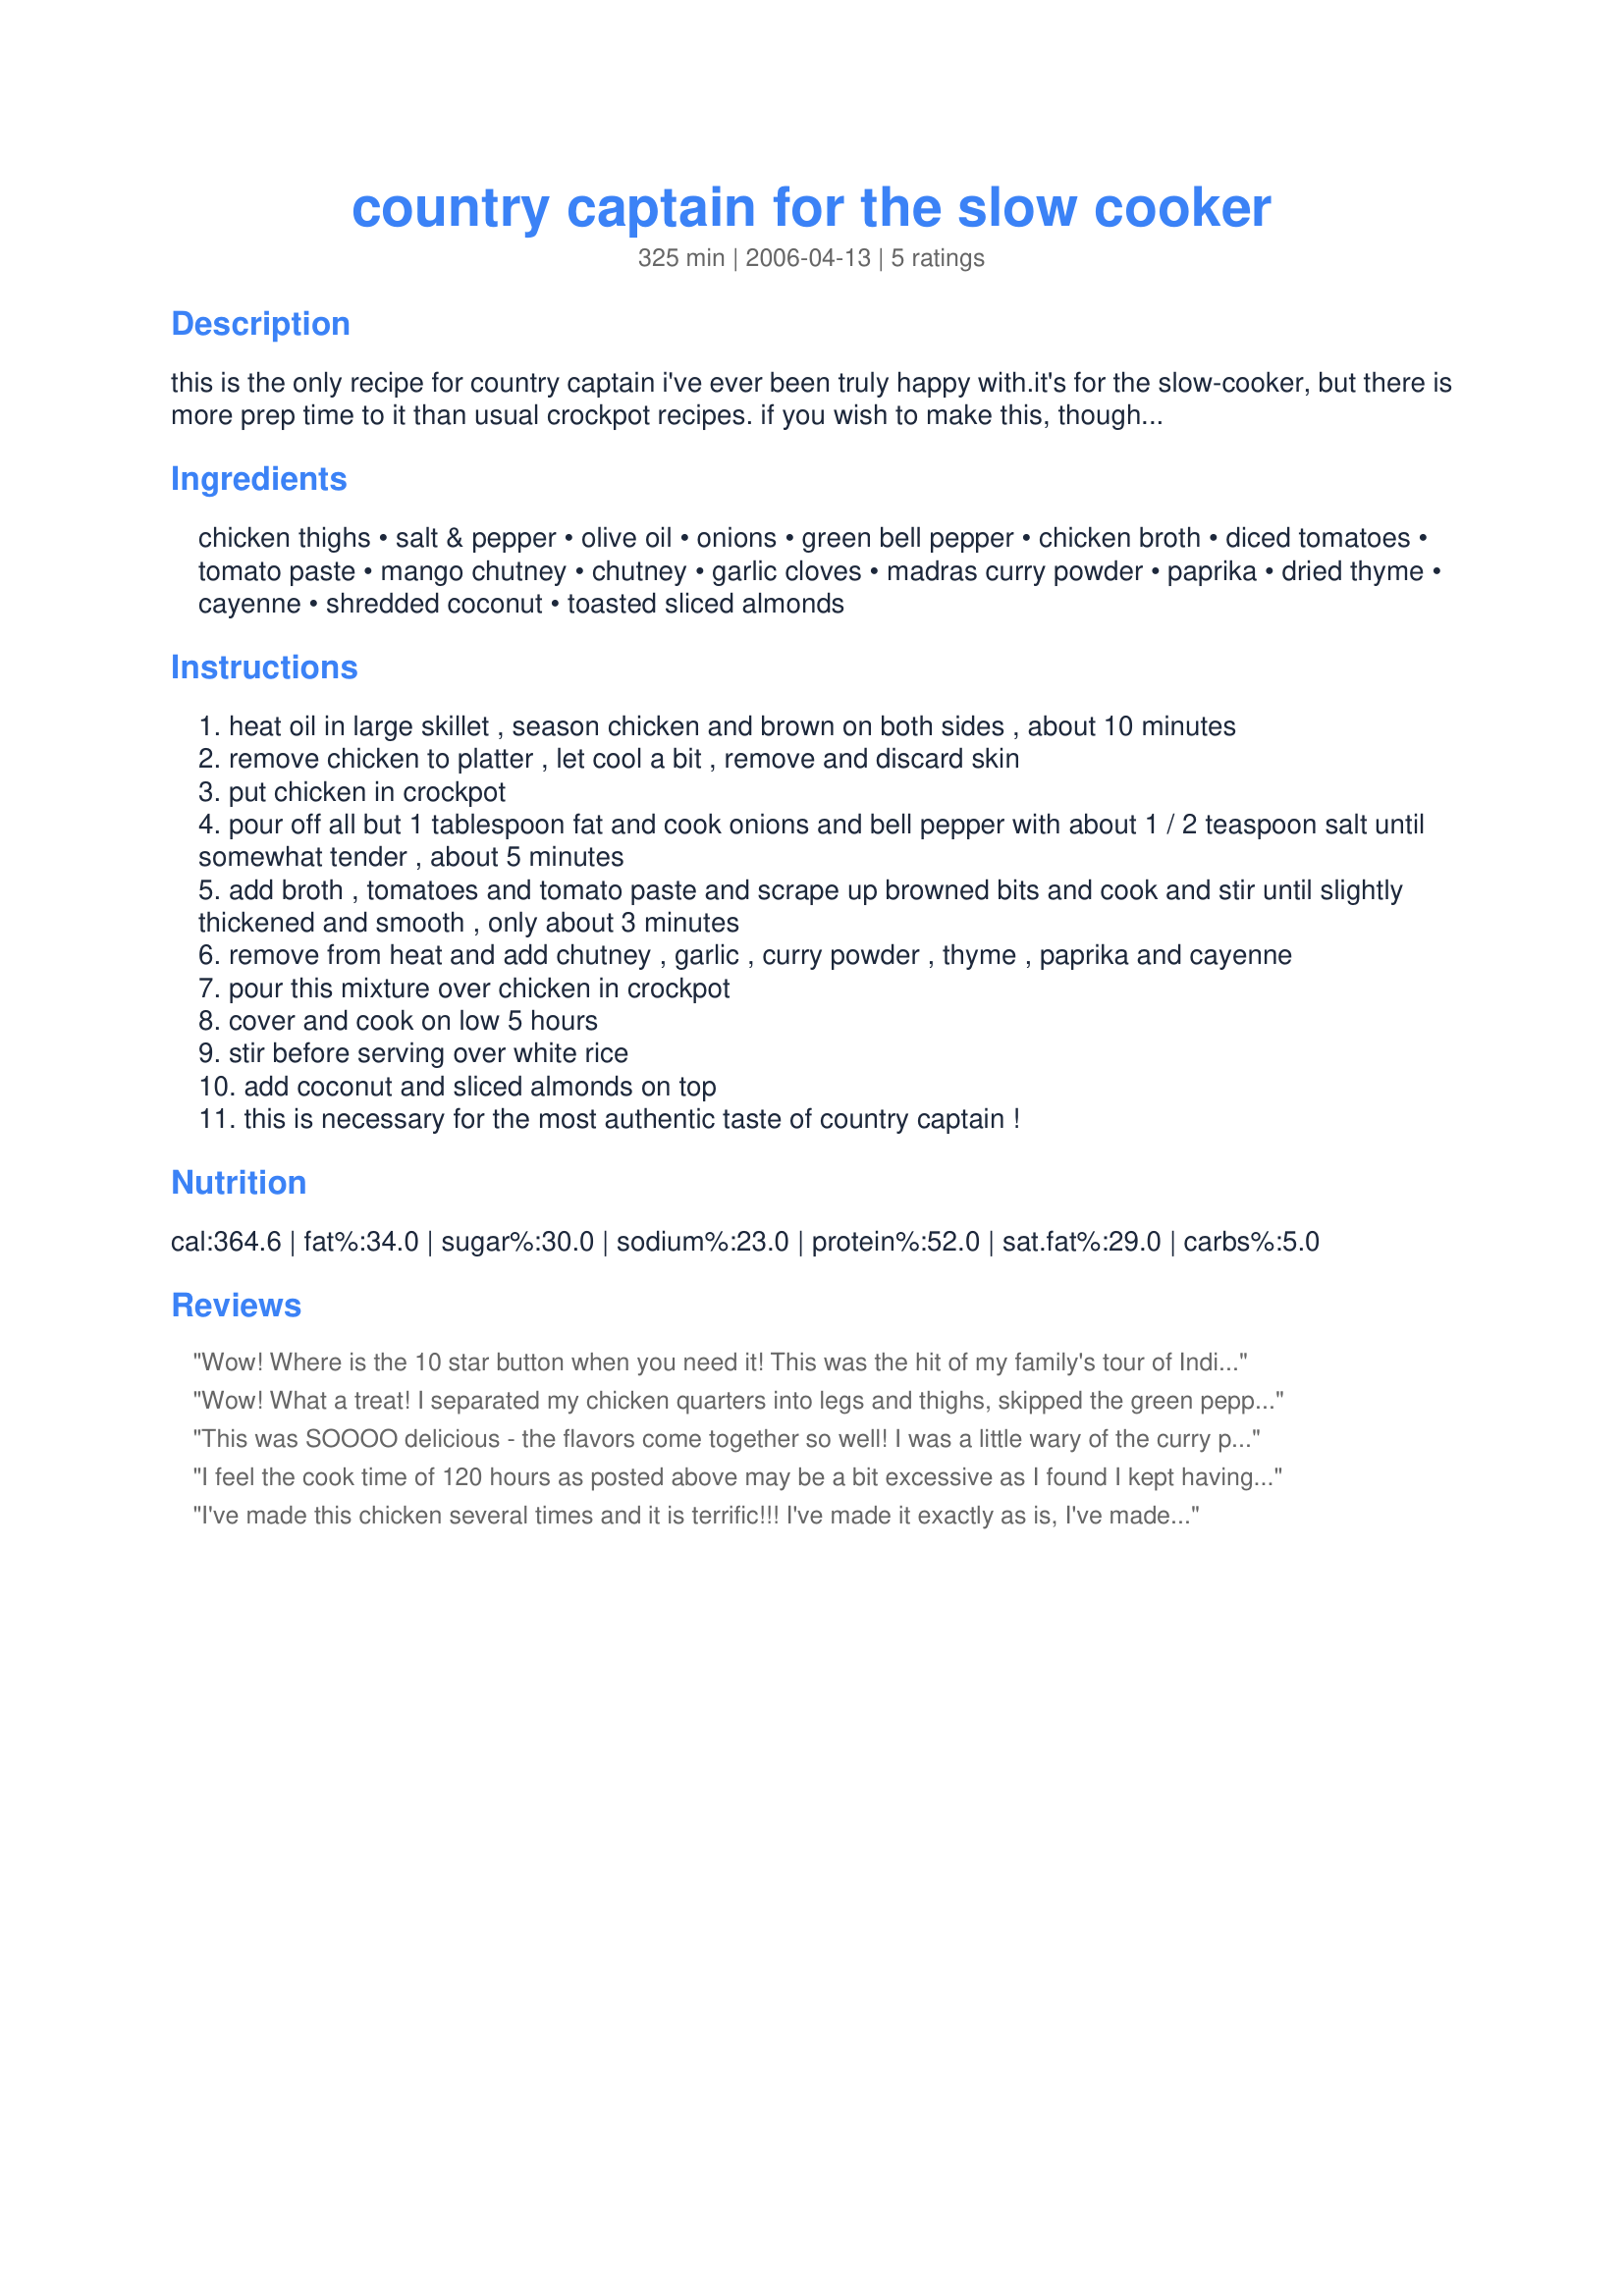
country captain for the slow cooker
Preparation time: 325 minutes

this is the only recipe for country captain i've ever been truly happy with.it's for the slow-cooker, but there is more prep time to it than usual crockpot recipes. if you wish to make this, though, please don't skip any steps, as the subtle flavors combine to be so good. i adapted this from cook's country magazine, (april, 2006). the dish has it's roots in india, and was carried to the southern u.s. by british ship captains who sailed the spice routes in the 1700's. this is the way i made it, to my family's delight...and mine! i used my own mango chutney recipe #134246 because i think it's better than major grey's, but you can substitute major grey's in a pinch. i hope you enjoy it as much as we did!

Ingredients:
chicken thighs, salt & pepper, olive oil, onions, green bell pepper, chicken broth, diced tomatoes, tomato paste, mango chutney, chutney, garlic cloves, madras curry powder, paprika, dried thyme, cayenne, shredded coconut, toasted sliced almonds

Steps:
heat oil in large skillet , season chicken and brown on both sides , about 10 minutes
remove chicken to platter , let cool a bit , remove and discard skin
put chicken in crockpot
pour off all but 1 tablespoon fat and cook onions and bell pepper with about 1 / 2 teaspoon salt until somewhat tender , about 5 minutes
add broth , tomatoes and tomato paste and scrape up browned bits and cook and stir until slightly thickened and smooth , only about 3 minutes
remove from heat and add chutney , garlic , curry powder , thyme , paprika and cayenne
pour this mixture over chicken in crockpot
cover and cook on low 5 hours
stir before serving over white rice
add coconut and sliced almonds on top
this is necessary for the most authentic taste of country captain !

Reviews:
Wow! Where is the 10 star button when you need it! This was the hit of my family's tour of India. Everyone agreed it was the best dish at the table and we wanted to make it again - soon! Made it with Recipe #134246. Another wow. Sorry - I didn't realize the only picture I took of it was on the Thali plate, and it is gone. Thanks so much ChefPotPie!! Made for ZWT8 trip to India.
Wow! What a treat! I separated my chicken quarters into legs and thighs, skipped the green peppers for DH, used 4 large tomatoes diced instead of canned tomatoes and paste and used regular curry powder in the absence of Madras curry powder. I also used homemade mango chutney and didn't have coconutand almonds on hand so skipped them. This dish was great. I will definitely make this again when I have ALL of the ingredients on hand. Reviewed for ZWT4. Thanks for a keeper!
This was SOOOO delicious - the flavors come together so well! I was a little wary of the curry powder, but everything blended together, and the taste was incredible. Leftovers were even better the next day! Made for ZWT8.
I feel the cook time of 120 hours as posted above may be a bit excessive as I found I kept having to add liquid throughout the cooking process. Also, my slow cooker can only be programmed for up to 8 hours, so I found it a little inconvenient to have to reset it so often. After it was finished cooking, the chicken had taken on an almost powdery/pasty quality, so I can only give this recipe 4 stars. I will try adding more chicken broth next time.
I've made this chicken several times and it is terrific!!! I've made it exactly as is, I've made it with only 1 jar of chutney, I've made it with chicken breasts and every way its great!! The only thing I do different every time is that I cook it in a heavy pot on the stove rather than crockpot, it takes a couple hours, but is great for a Sunday meal! Thanks for the great recipe!
